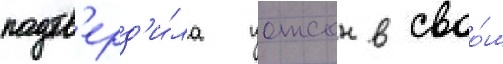
подтв'ерд'и́ла уотсон в своо́м